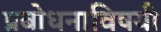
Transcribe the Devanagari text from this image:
प्रबोधनाविषयी